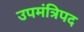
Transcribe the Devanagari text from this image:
उपमंत्रिपद